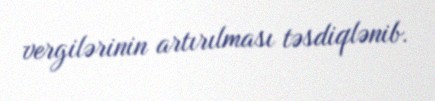
vergilərinin artırılması təsdiqlənib.